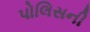
પોલિસની